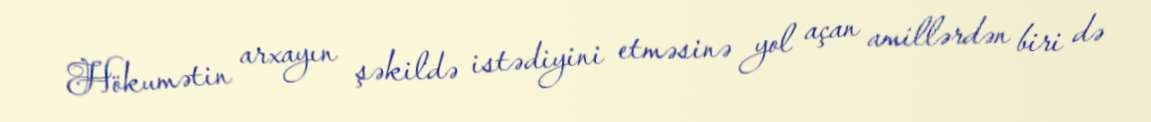
Hökumətin arxayın şəkildə istədiyini etməsinə yol açan amillərdən biri də